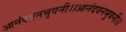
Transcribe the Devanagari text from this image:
आनंदवनभुवनी।।आनंदवनभुवनी।।